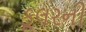
કૂલરની